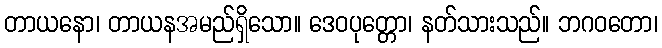
တာယနော၊ တာယနအမည်ရှိသော။ ဒေဝပုတ္တော၊ နတ်သားသည်။ ဘဂဝတော၊